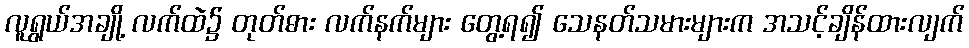
လူရွယ်အချို့ လက်ထဲ၌ တုတ်ဓား လက်နက်များ တွေ့ရ၍ သေနတ်သမားများက အသင့်ချိန်ထားလျက်